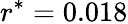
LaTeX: r^{*}=0.018